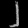
Digit: ၂